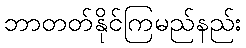
ဘာတတ်နိုင်ကြမည်နည်း